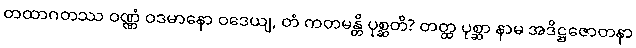
တထာဂတဿ ဝဏ္ဏံ ဝဒမာနော ဝဒေယျ, တံ ကတမန္တိ ပုစ္ဆတိ? တတ္ထ ပုစ္ဆာ နာမ အဒိဋ္ဌဇောတနာ